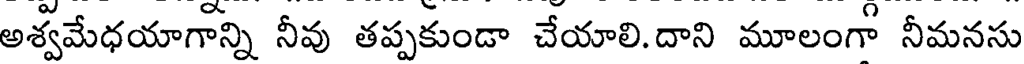
అశ్వమేధయాగాన్ని నీవు తప్పకుండా చేయాలి.దాని మూలంగా నీమనసు